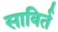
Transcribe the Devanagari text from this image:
साविर्त